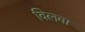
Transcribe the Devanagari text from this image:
विलवा